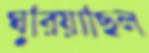
ঘুরিয়াছিল